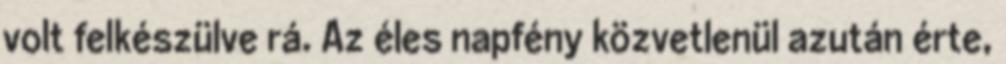
volt felkészülve rá. Az éles napfény közvetlenül azután érte,